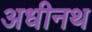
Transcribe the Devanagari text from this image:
अधीनथ